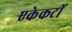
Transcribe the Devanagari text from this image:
एकेकटीं